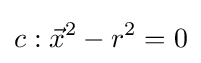
c:{\vec {x}}^{2}-r^{2}=0